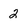
Character: 2